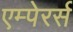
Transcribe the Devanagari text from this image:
एम्पेरर्स